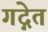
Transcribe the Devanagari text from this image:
गद्गेत